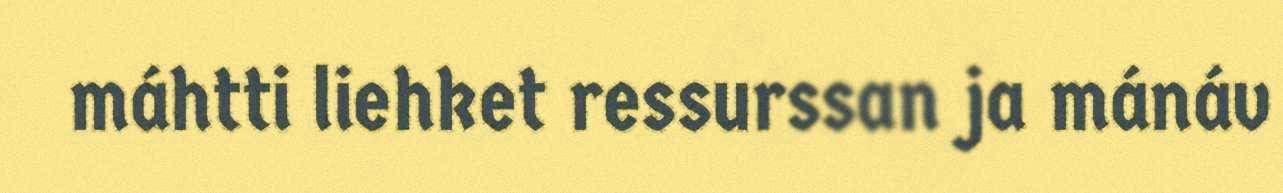
máhtti liehket ressurssan ja mánáv